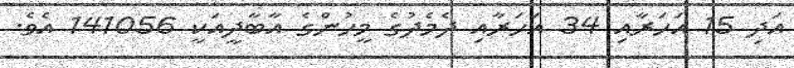
އަދި 15 އަހަރާއި 34 އަހަރާއި ދެމެދުގެ މީހުންގެ އާބާދީއަކީ 141056 އެވެ.